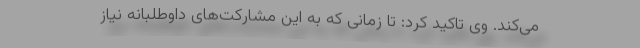
می‌کند. وی تاکید کرد: تا زمانی که به این مشارکت‌های داوطلبانه نیاز